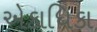
એકાધિકા